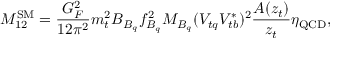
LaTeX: M _ { 1 2 } ^ { \mathrm { S M } } = \frac { G _ { F } ^ { 2 } } { 1 2 \pi ^ { 2 } } m _ { t } ^ { 2 } B _ { B _ { q } } f _ { B _ { q } } ^ { 2 } M _ { B _ { q } } ( V _ { t q } V _ { t b } ^ { * } ) ^ { 2 } \frac { A ( z _ { t } ) } { z _ { t } } \eta _ { \mathrm { Q C D } } ,